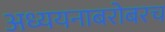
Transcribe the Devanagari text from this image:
अध्ययनाबरोबरच